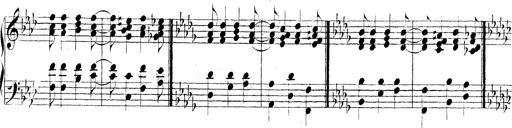
Title: Technische Studien
Composer: Franz Liszt